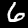
Label: 6